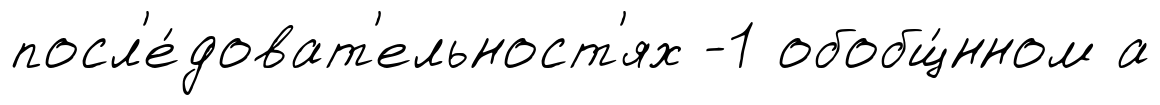
посл'е́доват'ельност'ях -1 обобщ́нном а